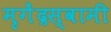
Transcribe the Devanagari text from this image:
मृगेंद्रस्वामी